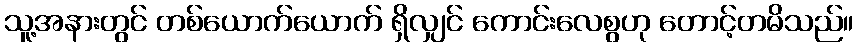
သူ့အနားတွင် တစ်ယောက်ယောက် ရှိလျှင် ကောင်းလေစွဟု တောင့်တမိသည်။